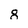
Character: 8